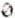
0